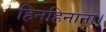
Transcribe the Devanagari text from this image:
हिनहिनाना।